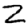
Digit: 2